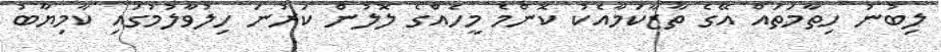
ލިބުނު ހިތާމަތައް އޭގެ ތާޒާކަމާއެކު ކޮންމެ މީހެއްގެ ލޮލުން ކަރުނަ ހިލުވާލުމުގައި ކާމިޔާބު